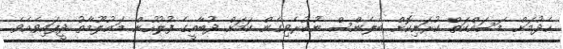
ހެދުމަށް މަސައްކަތް ކުރަނިކޮށް ބެލެންސް ނުކުރެވިގެން ކަމަށް ދުބާއީގެ ފުލުހުން މަޢުލޫމާތު ދީފައިވެއެވެ.